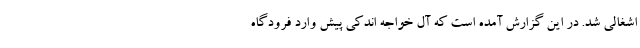
اشغالی شد. در این گزارش آمده است که آل خواجه اندکی پیش وارد فرودگاه